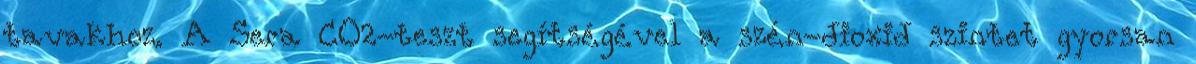
tavakhoz. A Sera CO2-teszt segítségével a szén-dioxid szintet gyorsan